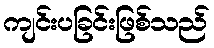
ကျင်းပခြင်းဖြစ်သည်